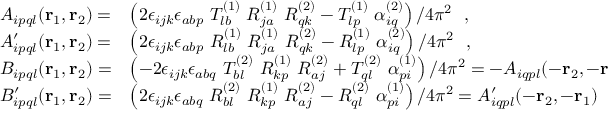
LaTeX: \begin{array} { l l } { { { \cal A } _ { i p q l } ( { \bf r } _ { 1 } , { \bf r } _ { 2 } ) = } } & { { { \displaystyle \left( 2 \epsilon _ { i j k } \epsilon _ { a b p } ~ T _ { l b } ^ { ( 1 ) } ~ R _ { j a } ^ { ( 1 ) } ~ R _ { q k } ^ { ( 2 ) } - T _ { l p } ^ { ( 1 ) } ~ \alpha _ { i q } ^ { ( 2 ) } \right) / 4 \pi ^ { 2 } ~ ~ , } } } \\ { { { \cal A } _ { i p q l } ^ { \prime } ( { \bf r } _ { 1 } , { \bf r } _ { 2 } ) = } } & { { { \displaystyle \left( 2 \epsilon _ { i j k } \epsilon _ { a b p } ~ R _ { l b } ^ { ( 1 ) } ~ R _ { j a } ^ { ( 1 ) } ~ R _ { q k } ^ { ( 2 ) } - R _ { l p } ^ { ( 1 ) } ~ \alpha _ { i q } ^ { ( 2 ) } \right) / 4 \pi ^ { 2 } ~ ~ , } } } \\ { { { \cal B } _ { i p q l } ( { \bf r } _ { 1 } , { \bf r } _ { 2 } ) = } } & { { { \displaystyle \left( - 2 \epsilon _ { i j k } \epsilon _ { a b q } ~ T _ { b l } ^ { ( 2 ) } ~ R _ { k p } ^ { ( 1 ) } ~ R _ { a j } ^ { ( 2 ) } + T _ { q l } ^ { ( 2 ) } ~ \alpha _ { p i } ^ { ( 1 ) } \right) / 4 \pi ^ { 2 } = - { \cal A } _ { i q p l } ( - { \bf r } _ { 2 } , - { \bf r } _ { 1 } ) ~ ~ , } } } \\ { { { \cal B } _ { i p q l } ^ { \prime } ( { \bf r } _ { 1 } , { \bf r } _ { 2 } ) = } } & { { { \displaystyle \left( 2 \epsilon _ { i j k } \epsilon _ { a b q } ~ R _ { b l } ^ { ( 2 ) } ~ R _ { k p } ^ { ( 1 ) } ~ R _ { a j } ^ { ( 2 ) } - R _ { q l } ^ { ( 2 ) } ~ \alpha _ { p i } ^ { ( 1 ) } \right) / 4 \pi ^ { 2 } = { \cal A } _ { i q p l } ^ { \prime } ( - { \bf r } _ { 2 } , - { \bf r } _ { 1 } ) ~ ~ , } } } \end{array}